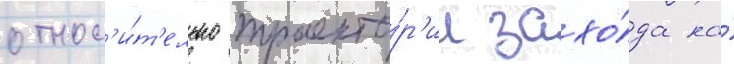
относ'и́т'ельно траекто́р'ии захо́да на́